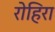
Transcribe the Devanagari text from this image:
रोहिरा